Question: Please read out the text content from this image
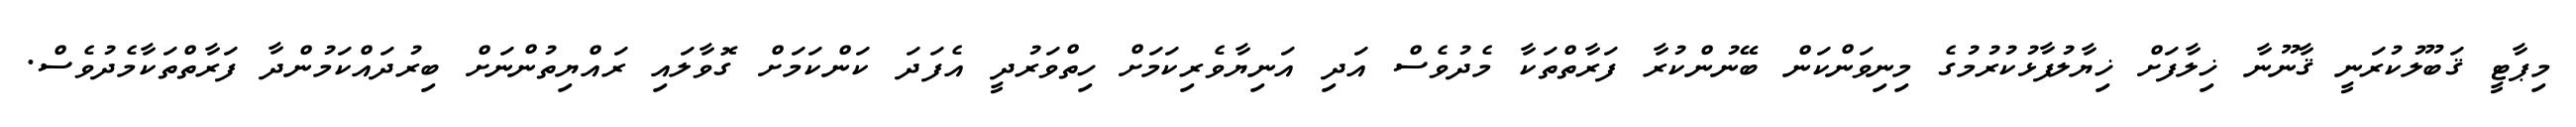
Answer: މިޕާޓީ ޤަބޫލުކުރަނީ ޤާނޫނާ ޚިލާފަށް ޚިޔާލުފާޅުކުރުމުގެ މިނިވަންކަން ބޭނުންކުރާ ފަރާތްތަކާ މެދުވެސް އަދި އަނިޔާވެރިކަމަށް ހިތްވަރުދީ އެފަދަ ކަންކަމަށް ގޮވާލައި ރައްޔިތުންނަށް ބިރުދައްކަމުންދާ ފަރާތްތަކާމެދުވެސް.